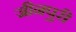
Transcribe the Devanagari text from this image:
जीनपुरी